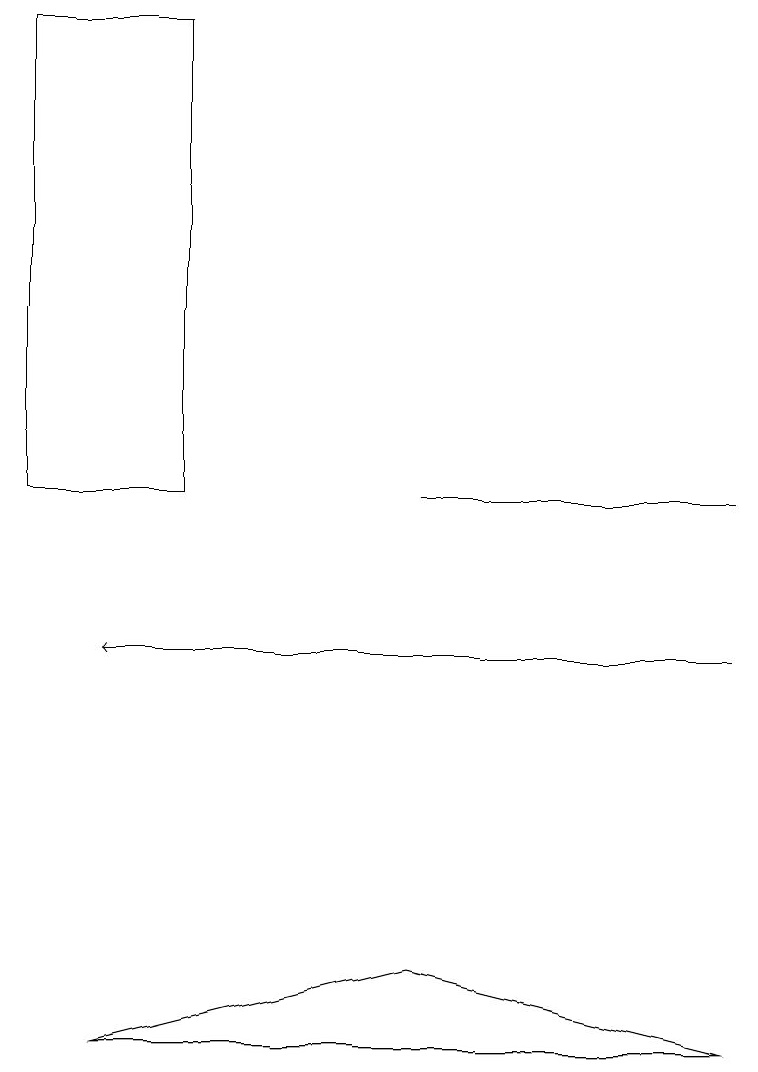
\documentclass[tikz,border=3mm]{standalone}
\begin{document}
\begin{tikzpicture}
\draw (0,13) rectangle (2,19);
\draw[->] (9,11) -- (1,11);
\draw (5,13) rectangle (9,13);
\draw (1,6) -- (5,7) -- (9,6) -- cycle;
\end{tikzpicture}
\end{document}